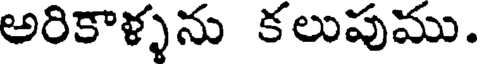
అరికాళ్ళను కలుపుము.